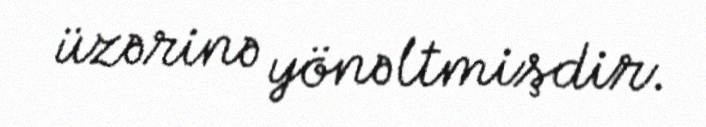
üzərinə yönəltmişdir.